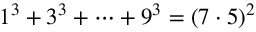
1 ^ { 3 } + 3 ^ { 3 } + \dots + 9 ^ { 3 } = ( 7 \cdot 5 ) ^ { 2 }